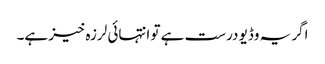
اگر یہ وڈیو درست ہے تو انتہائی لرزہ خیز ہے۔